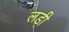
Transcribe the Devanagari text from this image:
लडी़